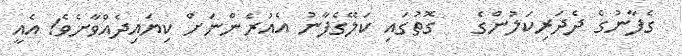
ގެފާނުގެ ދެދަރިކަލުންގެ   ގޮތުގައި ކަލޭގެފާނު އެއުރެންނަށް ކިޔައިދެއްވާށެވެ! އެއީ